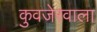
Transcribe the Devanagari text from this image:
कुवजेरवाला